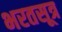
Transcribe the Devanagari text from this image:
भरतसूत्र